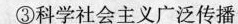
③科学社会主义广泛传播